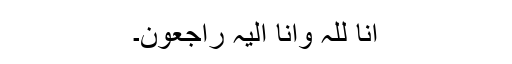
انا للّٰہ وانا الیہ راجعون۔